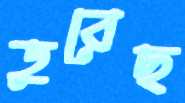
ডুবেছ